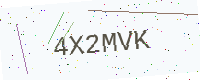
Text: 4X2MVK